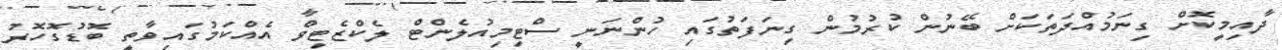
ދާއިމީކޮށް ގިނަމުއްދަތަކަށް ބޭނުން ކުރުމުން ގިނަފަތުގައި ހުންނަނީ ސްޓިމިއުލެންޓް ލެކްޒެޓިވް އެއްކަމުގައިވާތީ ބޮޑުގޮހޮރު